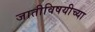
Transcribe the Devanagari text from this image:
जातीविषयीच्या